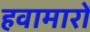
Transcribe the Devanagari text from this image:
हवामारों